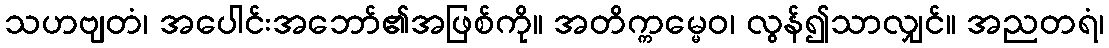
သဟဗျတံ၊ အပေါင်းအဘော်၏အဖြစ်ကို။ အတိက္ကမ္မေဝ၊ လွန်၍သာလျှင်။ အညတရံ၊